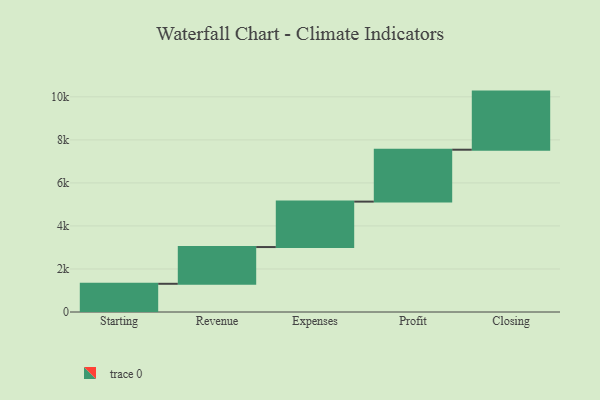
{"axis": {"x": "Step", "y": "Value"}, "legend": [""], "data": [{"x": "Starting", "y": 1311.0, "type": ""}, {"x": "Revenue", "y": 1708.0, "type": ""}, {"x": "Expenses", "y": 2112.0, "type": ""}, {"x": "Profit", "y": 2412.0, "type": ""}, {"x": "Closing", "y": 2701.0, "type": ""}]}